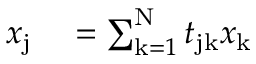
\begin{array} { r l } { x _ { \mathrm { j } } } & { { } = \sum _ { \mathrm { k } = 1 } ^ { \mathrm { N } } t _ { \mathrm { j k } } x _ { \mathrm { k } } } \end{array}